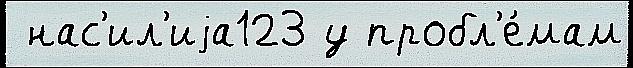
 нас'ил'иjа123 у пробл'е́мам